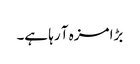
بڑا مزہ آ رہا ہے۔